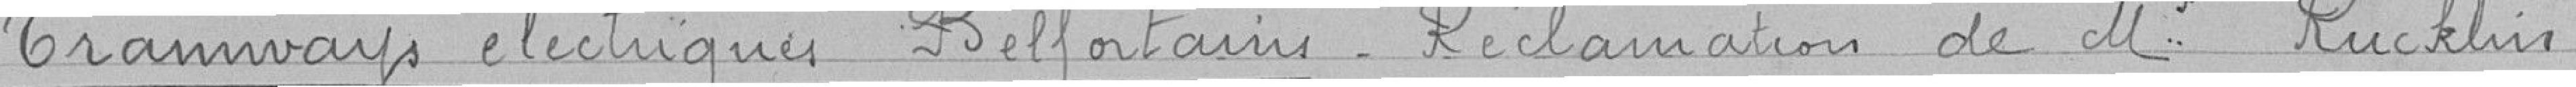
Tramways électriques Belfortaine. Réclamation de M. Rucklin.